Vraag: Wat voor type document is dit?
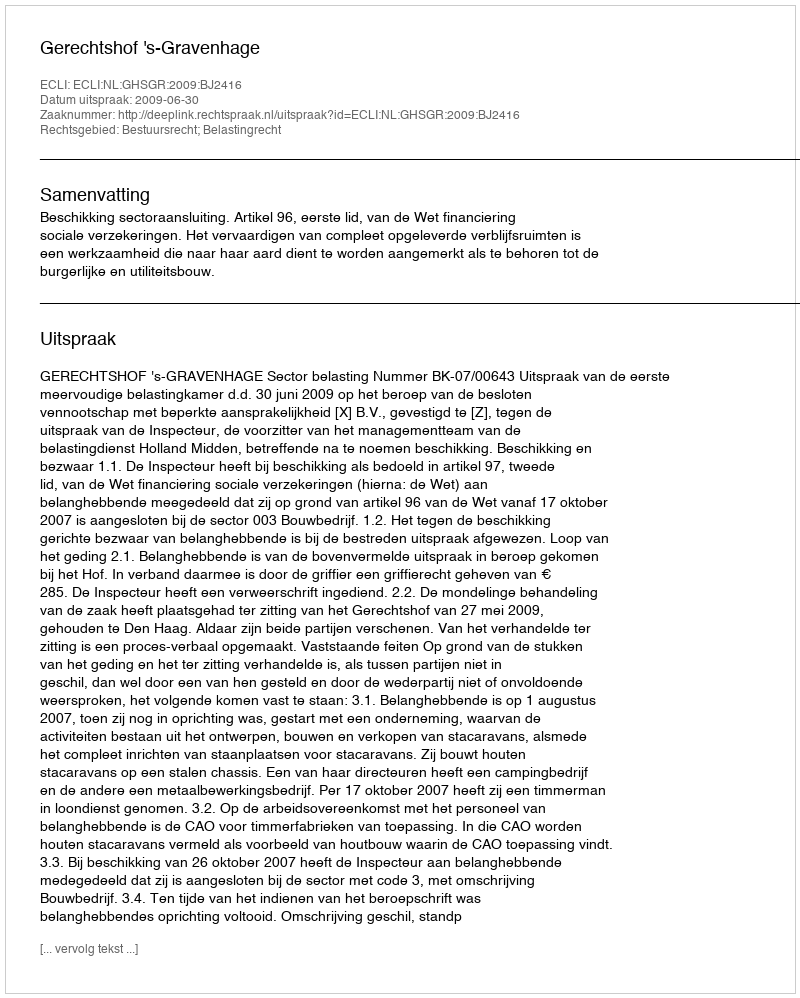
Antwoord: Uitspraak